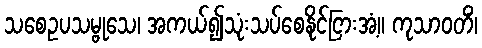
သစေဥပသမ္ဗုသေ၊ အကယ်၍သုံးသပ်စေနိုင်ငြားအံ့။ ကုသာဝတိံ၊